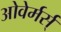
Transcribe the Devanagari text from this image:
ओवेर्मर्स्